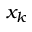
x _ { k }